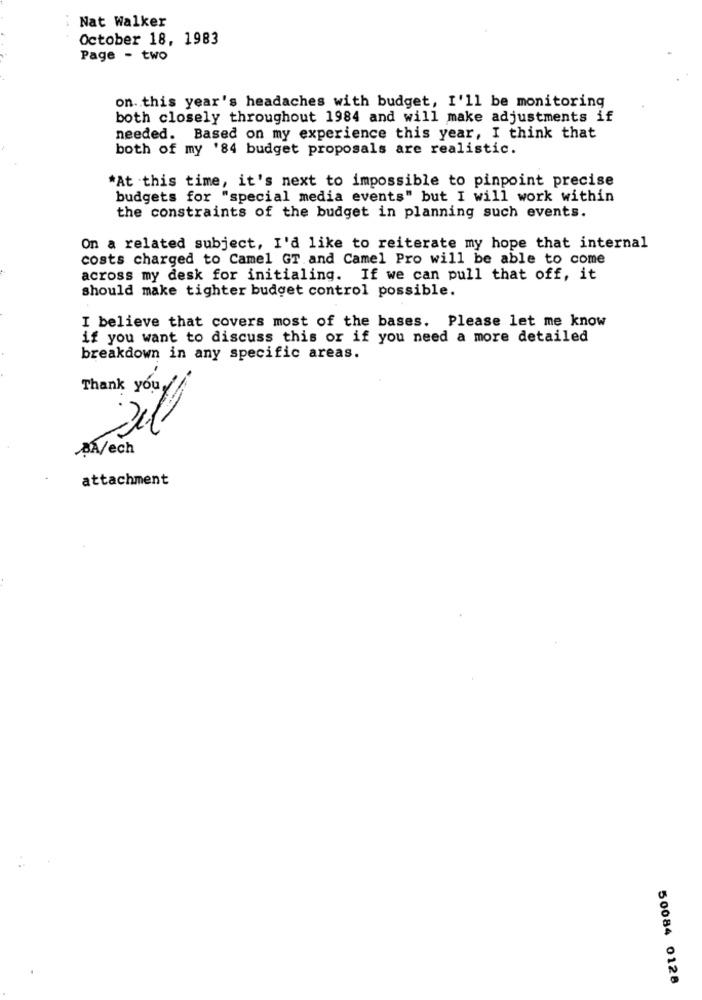
Nat Walker
October 18, 1983
Page - two
on. this year's headaches with budget, I'll be monitoring
both closely throughout 1984 and will make adjustments if
needed. Based on my experience this year, I think that
both of my '84 budget proposals are realistic.
*At this time, it's next to impossible to pinpoint precise
budgets for "special media events" but I will work within
the constraints of the budget in planning such events.
On a related subject, I'd like to reiterate my hope that internal
costs charged to Camel GT and Camel Pro will be able to come
across my desk for initialing. If we can pull that off, it
should make tighter budget control possible.
I believe that covers most of the bases. Please let me know
if you want to discuss this or if you need a more detailed
breakdown in any specific areas.
-
BÃ/ech
attachment
50084 0128